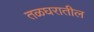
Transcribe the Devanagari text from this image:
तळघरातील